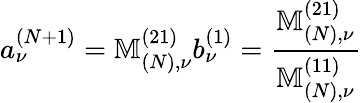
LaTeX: a_{\nu}^{(N+1)}=\mathbb{M}_{(N),\nu}^{(21)}b_{\nu}^{(1)}=\frac{\mathbb{M}_{(N),\nu}^{(21)}}{\mathbb{M}_{(N),\nu}^{(11)}}